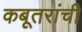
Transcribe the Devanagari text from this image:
कबूतरांची